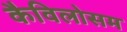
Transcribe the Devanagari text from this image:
कैविलोसम